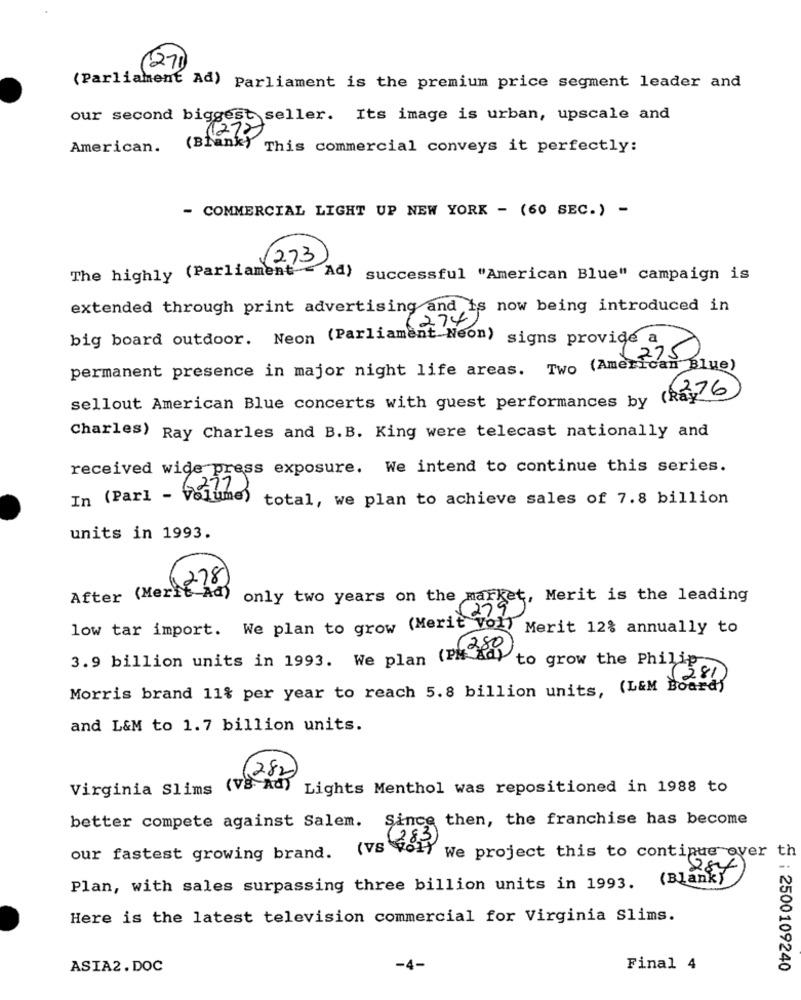
1270
(Parliament Ad) Parliament is the premium price segment leader and
our second biggest seller. Its image is urban, upscale and
1272
American.
( Branky
This commercial conveys it perfectly:
- COMMERCIAL LIGHT UP NEW YORK - (60 SEC.) -
1273
The highly (Parliament " Ad) successful "American Blue" campaign is
extended through print advertising and is now being introduced in
2747
big board outdoor. Neon (Parliament Neon)
signs provide a
275
permanent presence in major night life areas. Two (American Blue)
6276
sellout American Blue concerts with guest performances by (Ray'
Charles) Ray Charles and B.B. King were telecast nationally and
received wide press exposure. We intend to continue this series.
271
In (Parl - Volume)
total, we plan to achieve sales of 7.8 billion
units in 1993.
278
After (Merit Ad)
only two years on the market, Merit is the leading
low tar import. We plan to grow (Merit voly
Merit 12% annually to
3. 9 billion units in 1993. We plan (PM La)
to grow the Philip
281
Morris brand 11% per year to reach 5.8 billion units, (L&M Board)
and L&M to 1.7 billion units.
282
Virginia Slims
(VS Ad) Lights Menthol was repositioned in 1988 to
better compete against Salem. Since then, the franchise has become
283
(VS VOLY
our fastest growing brand.
We project this to continue over th
(Blanky)
Plan, with sales surpassing three billion units in 1993.
Here is the latest television commercial for Virginia Slims.
ASIA2.DOC
-4-
Final 4
5 : 2500109240